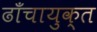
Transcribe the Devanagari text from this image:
ढाँचायुक्त